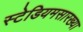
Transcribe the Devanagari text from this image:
स्टेडियमसारख्या